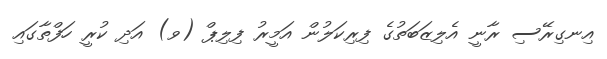
އިނގިރޭސި ރާނީ އެލިޒަބަތުގެ ފިރިކަލުން އަމީރު ފިލިޕް (ވ) އަދި ކުރީ ހަފްތާގައި